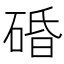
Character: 碈